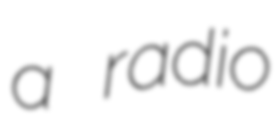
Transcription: a radio